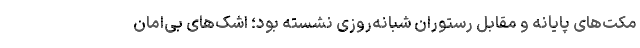
مکت‌های پایانه و مقابل رستوران شبانه‌روزی نشسته بود؛ اشک‌های بی‌امان